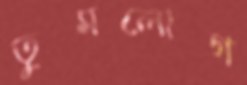
তুমলোগ